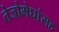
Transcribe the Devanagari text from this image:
तेजोमेघांसह